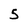
Character: 5